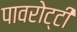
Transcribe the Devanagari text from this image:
पावरोट्टी